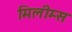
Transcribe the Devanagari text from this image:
मिलीम्स